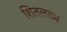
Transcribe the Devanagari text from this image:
शितलतम